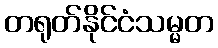
တရုတ်နိုင်ငံသမ္မတ